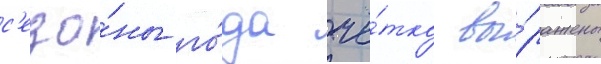
с'езо́ны го́да чё́тко вы́ражены